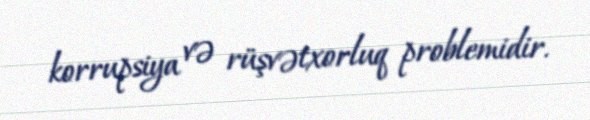
korrupsiya və rüşvətxorluq problemidir.